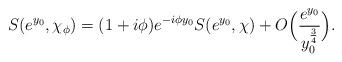
LaTeX: \begin{align*} S(e^{y_0},\chi_{\phi}) = (1+i\phi)e^{-i\phi y_0} S(e^{y_0},\chi) + O\Big(\frac{e^{y_0}}{y_0^{\frac 34}}\Big). \end{align*}